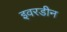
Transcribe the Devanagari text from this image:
इवरडीन